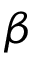
\beta